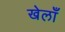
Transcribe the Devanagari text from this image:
खेलाँ